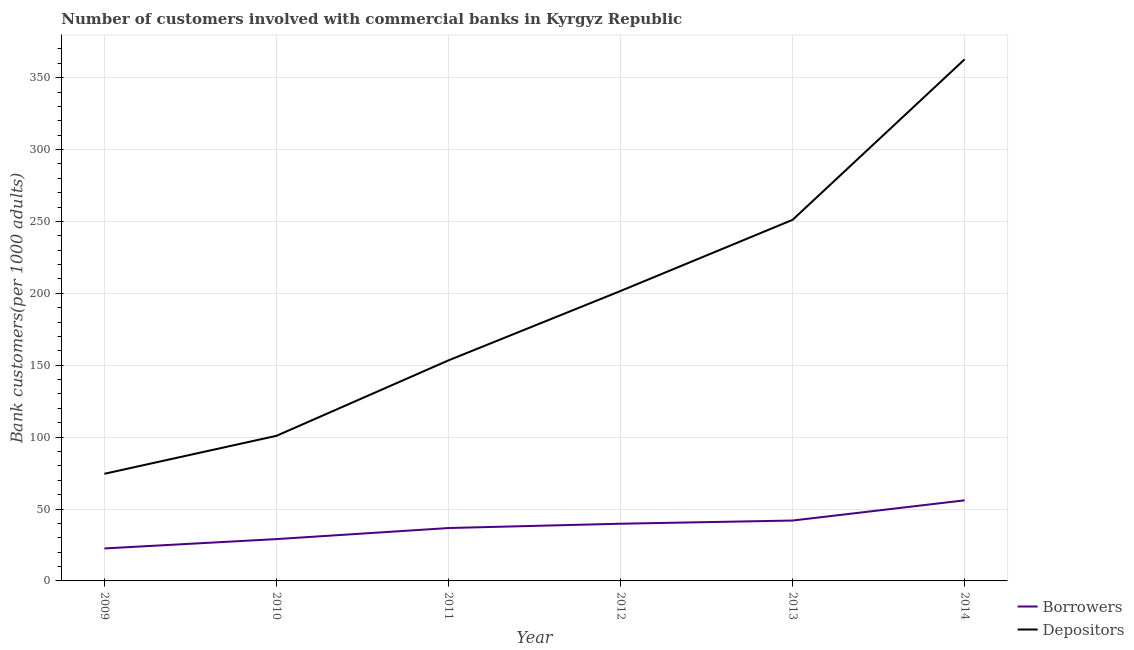
| Year | Borrowers | Depositors |
 | --- | --- | --- |
 | 2009 | 22.6 | 74.5 |
 | 2010 | 29.1 | 101 |
 | 2011 | 36.8 | 153 |
 | 2012 | 39.8 | 202 |
 | 2013 | 42 | 251 |
 | 2014 | 56 | 363 |